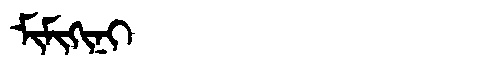
Manchu: ᠮᡳᠮᡳᡴᡳᠨᡳ
Romanization: MIMIKINI